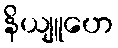
နိယျူဟေ